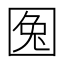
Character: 𡇹